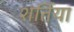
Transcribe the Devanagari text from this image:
शर्तिया